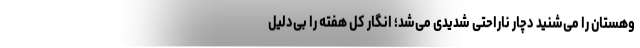
وهستان را می‌شنید دچار ناراحتی شدیدی می‌شد؛ انگار کل هفته را بی‌دلیل